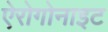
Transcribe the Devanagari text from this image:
ऐरोगोनाइट